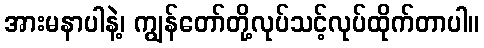
အားမနာပါနဲ့၊ ကျွန်တော်တို့လုပ်သင့်လုပ်ထိုက်တာပါ။